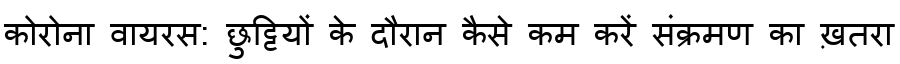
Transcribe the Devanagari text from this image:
कोरोना वायरस: छुट्टियों के दौरान कैसे कम करें संक्रमण का ख़तरा